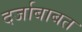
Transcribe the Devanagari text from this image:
दर्जाबाबत